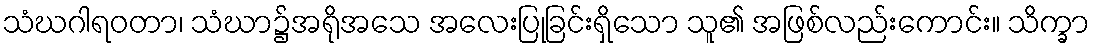
သံဃဂါရဝတာ၊ သံဃာ၌အရိုအသေ အလေးပြုခြင်းရှိသော သူ၏ အဖြစ်လည်းကောင်း။ သိက္ခာ